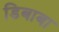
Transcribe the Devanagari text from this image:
डिबाबा